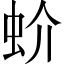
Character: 蚧